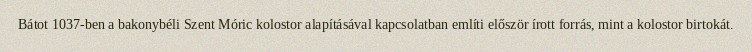
Bátot 1037-ben a bakonybéli Szent Móric kolostor alapításával kapcsolatban említi először írott forrás, mint a kolostor birtokát.